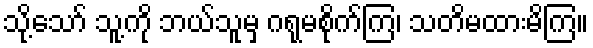
သို့သော် သူ့ကို ဘယ်သူမှ ဂရုမစိုက်ကြ၊ သတိမထားမိကြ။